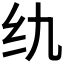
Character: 𮉠